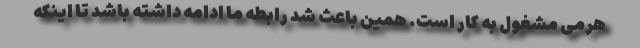
هرمی مشغول به کار است. همین باعث شد رابطه ما ادامه داشته باشد تا اینکه